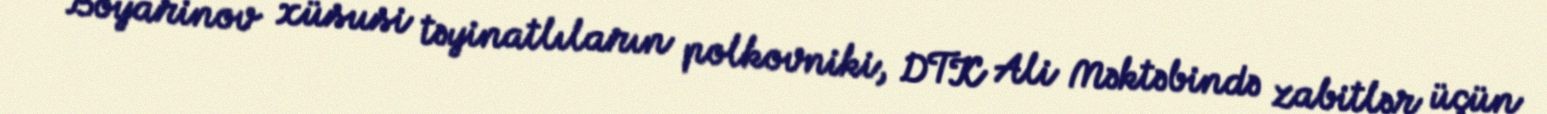
Boyarinov xüsusi təyinatlıların polkovniki, DTK Ali Məktəbində zabitlər üçün